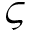
\varsigma